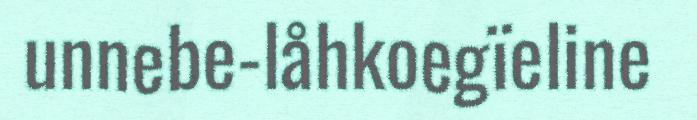
unnebe-låhkoegïeline